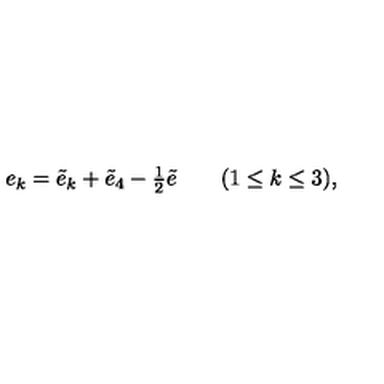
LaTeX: e _ { k } = \tilde { e } _ { k } + \tilde { e } _ { 4 } - { \textstyle { \frac { 1 } { 2 } } } \tilde { e } \qquad ( 1 \leq k \leq 3 ) ,